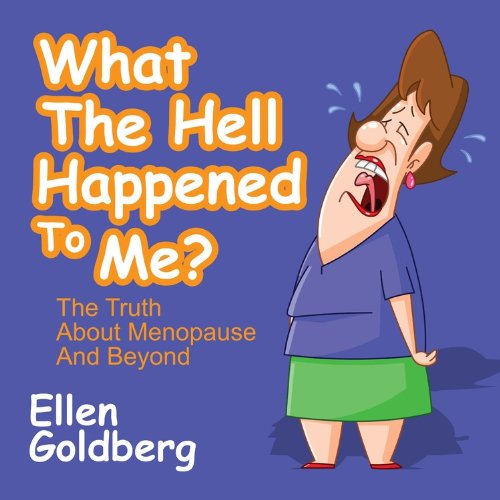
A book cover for What the Hell Happened to Me?: The Truth About Menopause and Beyond; Ellen Goldberg; Health, Fitness & Dieting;